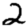
Digit: 2